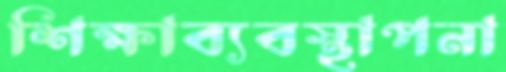
শিক্ষাব্যবস্থাপনা